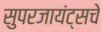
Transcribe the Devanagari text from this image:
सुपरजायंट्सचे